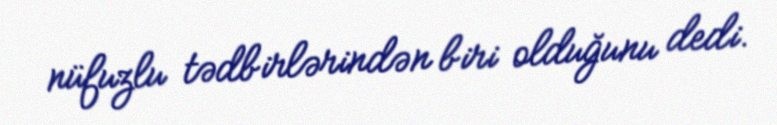
nüfuzlu tədbirlərindən biri olduğunu dedi.